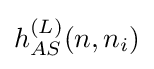
h_{AS}^{(L)}(n,n_{i})